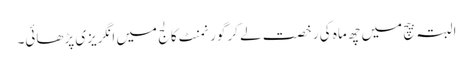
البتہ بیچ میں چھ ماہ کی رخصت لے کر گورنمنٹ کالج میں انگریزی پڑھائی۔